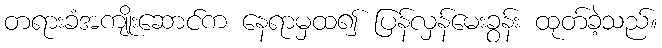
တရားခံအကျိုးဆောင်က နေရာမှထ၍ ပြန်လှန်မေးခွန်း ထုတ်ခဲ့သည်။